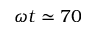
\omega t \simeq 7 0